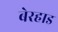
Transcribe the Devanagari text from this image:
बेरहाड